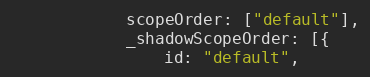
Language: JavaScript
            scopeOrder: ["default"],
            _shadowScopeOrder: [{
                id: "default",